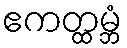
ဧကတ္ထမ္ဘံ